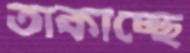
তাকাচ্ছে